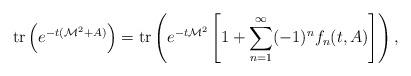
LaTeX: \begin{align*}\mbox{tr}\left(e^{-t({\cal M}^2+A)}\right)=\mbox{tr}\left( e^{-t{\cal M}^2}\left[1+\sum_{n=1}^{\infty}(-1)^nf_n(t,A) \right]\right),\end{align*}